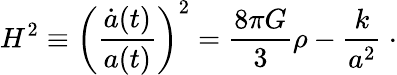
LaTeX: H^{2}\equiv\left(\frac{\dot{a}(t)}{a(t)}\right)^{2}=\frac{8\pi G}{3}\rho-\frac{k}{a^{2}}~\cdot